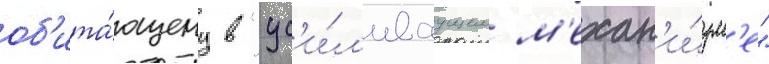
об'ита́ющему в "ус'и́л'иваущем м'ехан'и́зм'е"